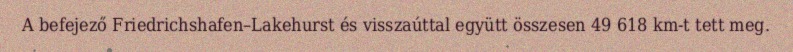
A befejező Friedrichshafen–Lakehurst és visszaúttal együtt összesen 49 618 km-t tett meg.